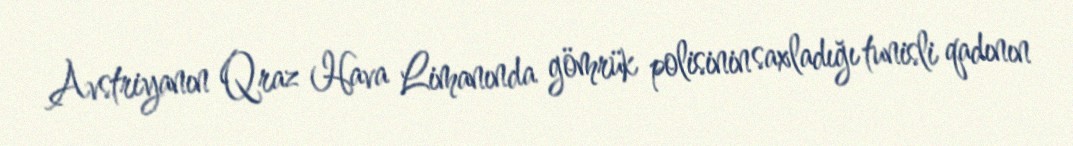
Avstriyanın Qraz Hava Limanında gömrük polisinin saxladığı tunisli qadının